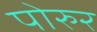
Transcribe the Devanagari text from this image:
पोरुर